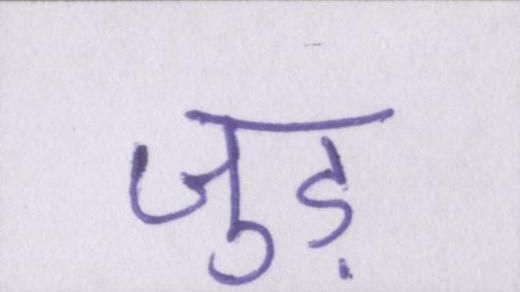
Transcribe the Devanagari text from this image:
जुड़